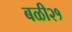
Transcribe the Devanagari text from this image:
बळी२१